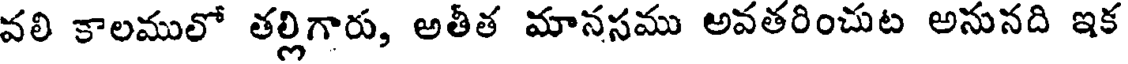
వలి కాలములో తల్లిగారు, అతీత మానసము అవతరించుట అనునది ఇక